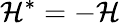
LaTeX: \mathcal{H}^{*}=-\mathcal{H}